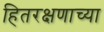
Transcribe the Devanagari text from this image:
हितरक्षणाच्या